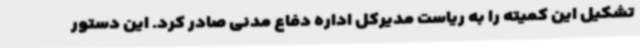
تشکیل این کمیته را به ریاست مدیرکل اداره دفاع مدنی صادر کرد. این دستور